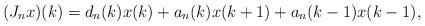
LaTeX: \begin{align*} (J_nx)(k)=d_n(k)x(k)+a_n(k)x(k+1)+a_n(k-1)x(k-1),\end{align*}